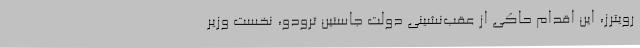
رویترز، این اقدام حاکی از عقب‌نشینی دولت جاستین ترودو، نخست وزیر